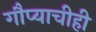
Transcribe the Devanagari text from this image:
गौप्याचीही